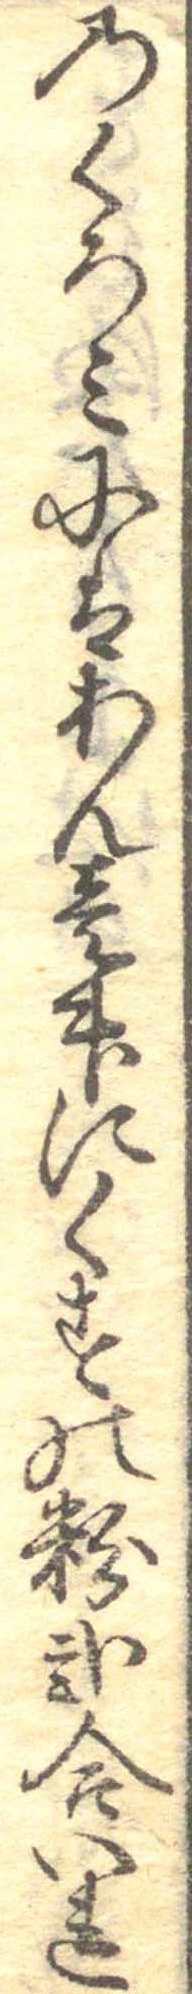
のくろみにはあん壱升にくすの粉弐合いれ